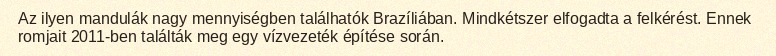
Az ilyen mandulák nagy mennyiségben találhatók Brazíliában. Mindkétszer elfogadta a felkérést. Ennek romjait 2011-ben találták meg egy vízvezeték építése során.